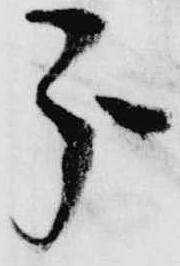
分